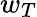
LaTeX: w_{T}